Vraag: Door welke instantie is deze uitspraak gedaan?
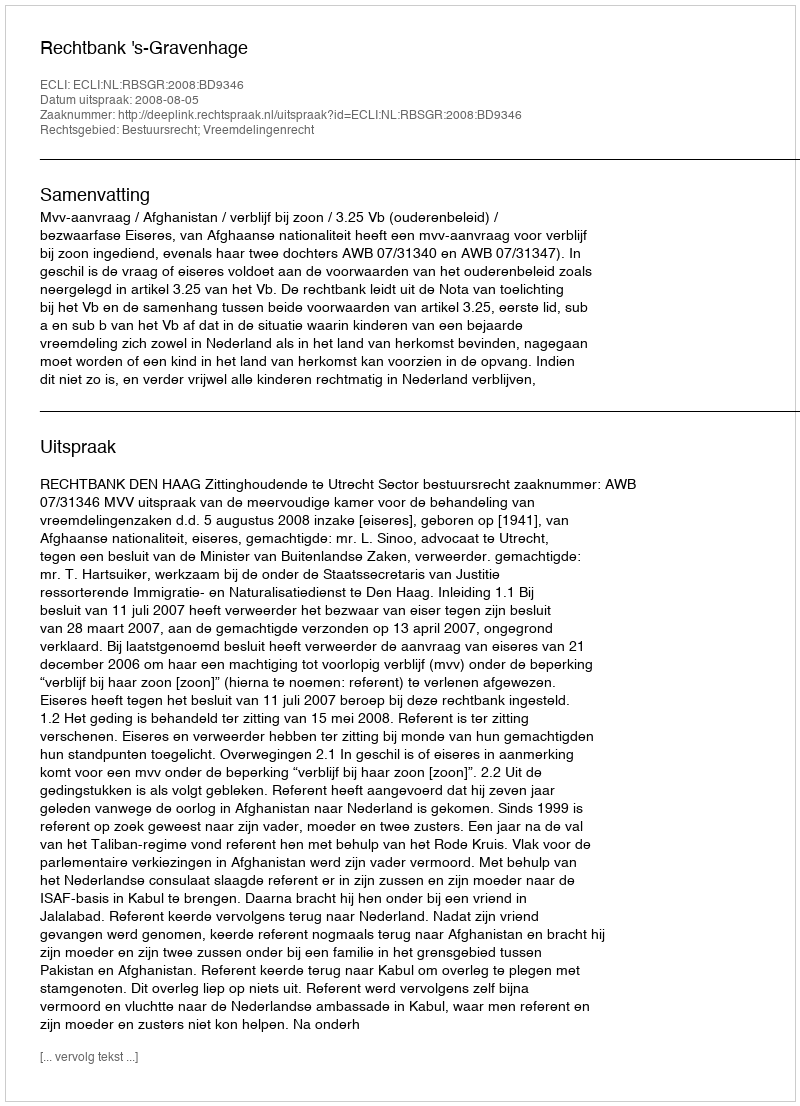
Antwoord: Rechtbank 's-Gravenhage